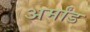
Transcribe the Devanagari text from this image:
अर्मांड